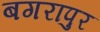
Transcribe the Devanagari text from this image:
बगरापुर